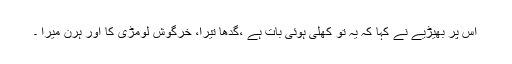
اس پر بھیڑیے نے کہا کہ یہ تو کھلی ہوئی بات ہے ،گدھا تیرا، خرگوش لومڑی کا اور ہرن میرا ۔